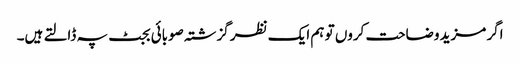
اگر مزید وضاحت کروں تو ہم ایک نظر گزشتہ صوبائی بجٹ پہ ڈالتے ہیں۔